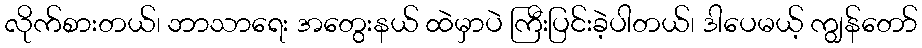
လိုက်စားတယ်၊ ဘာသာရေး အတွေးနယ် ထဲမှာပဲ ကြီးပြင်းခဲ့ပါတယ်၊ ဒါပေမယ့် ကျွန်တော်